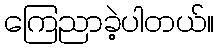
ကြေညာခဲ့ပါတယ်။